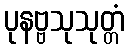
ပုနဗ္ဗသုသုတ္တံ